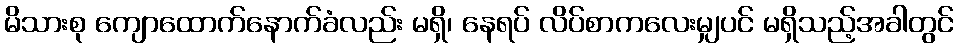
မိသားစု ကျောထောက်နောက်ခံလည်း မရှိ၊ နေရပ် လိပ်စာကလေးမျှပင် မရှိသည့်အခါတွင်